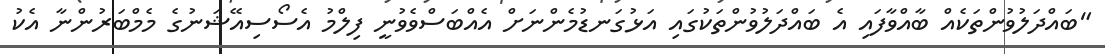
"ބައްދަލުވުންތަކެއް ބާއްވާފައި އެ ބައްދަލުވުންތަކުގައި އަޅުގަނޑުމެންނަށް އެއްބަސްވެވުނީ ފިލްމު އެސޯސިއޭޝަނުގެ މެމްބަރުންނާ އެކު